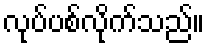
လုပ်ပစ်လိုက်သည်။